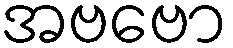
အဗဗော